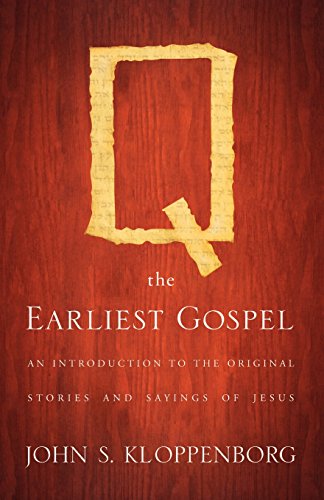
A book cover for Q, the Earliest Gospel: An Introduction to the Original Stories and Sayings of Jesus; John S. Kloppenborg; Christian Books & Bibles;